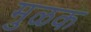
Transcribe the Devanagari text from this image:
मुळक